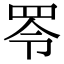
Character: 𦊓